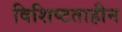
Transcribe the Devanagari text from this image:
विशिष्टताहीन